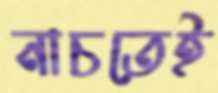
নাচতেই